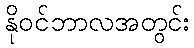
နိုဝင်ဘာလအတွင်း